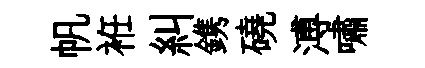
帆袵糾鎸磽溥嘯